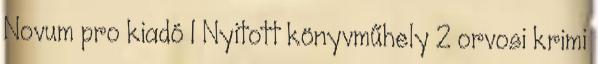
Novum pro kiadó 1 Nyitott könyvműhely 2 orvosi krimi